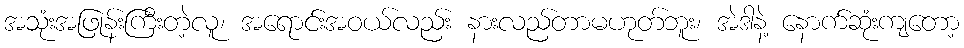
အသုံးအဖြုန်းကြီးတဲ့လူ၊ အရောင်းအဝယ်လည်း နားလည်တာမဟုတ်ဘူး၊ အဲဒါနဲ့ နောက်ဆုံးကျတော့